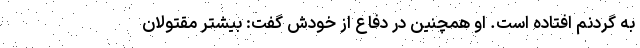
به گردنم افتاده است. او همچنین در دفاع از خودش گفت: بیشتر مقتولان